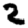
Digit: 2